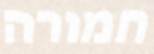
חמורה